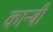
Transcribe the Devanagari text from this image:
कान्बी